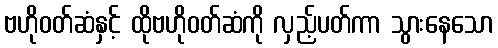
ဗဟိုဝတ်ဆံနှင့် ထိုဗဟိုဝတ်ဆံကို လှည့်ပတ်ကာ သွားနေသော